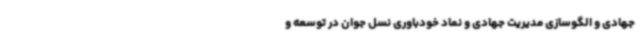
جهادی و الگوسازی مدیریت جهادی و نماد خودباوری نسل جوان در توسعه و